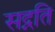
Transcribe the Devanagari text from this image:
सद्नति